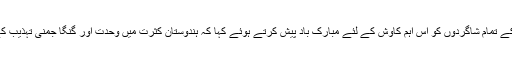
پروفیسر بیگ نے اے ایم یو میں موسیقی کے استاد مسٹر جانی فاسٹر اور ان کے تمام شاگردوں کو اس اہم کاوش کے لئے مبارک باد پیش کرتے ہوئے کہا کہ ہندوستان کثرت میں وحدت اور گنگا جمنی تہذیب کے لئے دنیا بھر میں سب سے خوبصورت ملک کی حیثیت سے جانا جاتا ہے۔